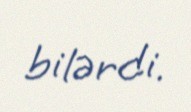
bilərdi.